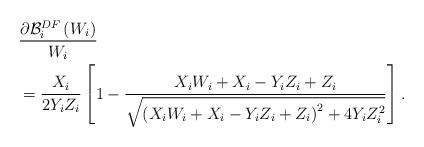
LaTeX: \begin{align*}&\frac{{\partial {{\mathcal B}_i^{DF}}\left( {{W_i}} \right)}}{{{W_i}}} \\&= \frac{{{X_i}}}{{2{Y_i}{Z_i}}}\left[ {1 - \frac{{{X_i}{W_i} + {X_i} - {Y_i}{Z_i} + {Z_i}}}{{\sqrt {{{\left( {{X_i}{W_i} + {X_i} - {Y_i}{Z_i} + {Z_i}} \right)}^2} + 4{Y_i}Z_i^2} }}} \right].\end{align*}